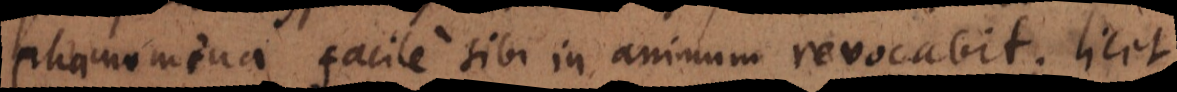
phaenomena facile sibi in animum revocabit; lic